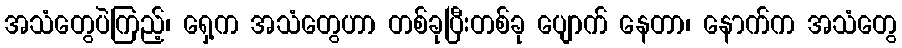
အသံတွေပဲကြည့်၊ ရှေ့က အသံတွေဟာ တစ်ခုပြီးတစ်ခု ပျောက် နေတာ၊ နောက်က အသံတွေ